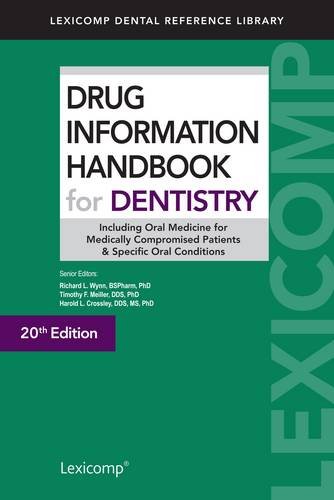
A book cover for Drug Information Handbook for Dentistry; Richard L., Ph.d Wynn; Medical Books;